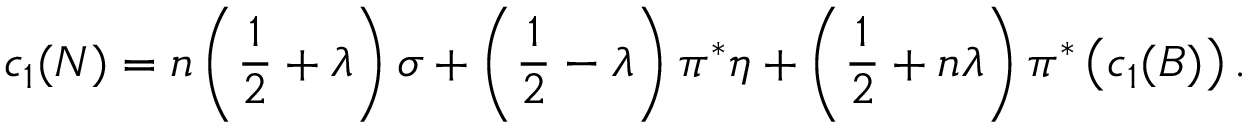
c _ { 1 } ( { \cal N } ) = n \left( { \frac { 1 } { 2 } } + \lambda \right) \sigma + \left( { \frac { 1 } { 2 } } - \lambda \right) \pi ^ { * } \eta + \left( { \frac { 1 } { 2 } } + n \lambda \right) \pi ^ { * } \left( c _ { 1 } ( B ) \right) .